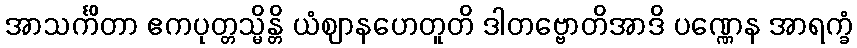
အာသင်္ကိတာ ဧကပုတ္တသ္မိန္တိ ယံဈာနဟေတူတိ ဒါတဗ္ဗောတိအာဒိ ပဏ္ဏေန အာရက္ခံ